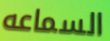
السماعه